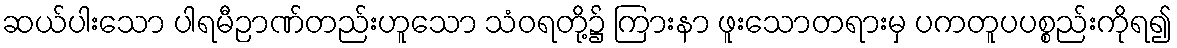
ဆယ်ပါးသော ပါရမီဉာဏ်တည်းဟူသော သံဝရတို့၌ ကြားနာ ဖူးသောတရားမှ ပကတူပပစ္စည်းကိုရ၍